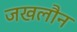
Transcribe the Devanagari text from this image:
जखलौन